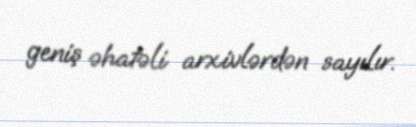
geniş əhatəli arxivlərdən sayılır.